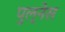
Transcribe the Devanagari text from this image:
पुल्नेस